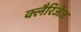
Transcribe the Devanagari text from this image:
क्लैरिजेज